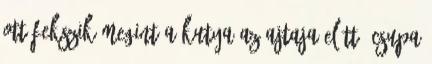
ott fekszik megint a kutya az ajtaja előtt. Csupa